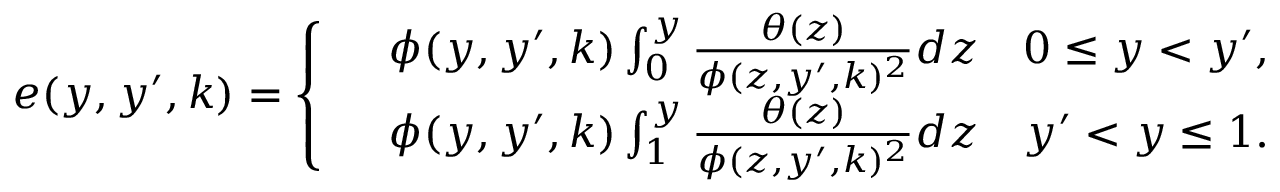
\begin{array} { r } { e ( y , y ^ { \prime } , k ) = \left\{ \begin{array} { r l } & { \phi ( y , y ^ { \prime } , k ) \int _ { 0 } ^ { y } \frac { \theta ( z ) } { \phi ( z , y ^ { \prime } , k ) ^ { 2 } } d z \quad 0 \leq y < y ^ { \prime } , } \\ & { \phi ( y , y ^ { \prime } , k ) \int _ { 1 } ^ { y } \frac { \theta ( z ) } { \phi ( z , y ^ { \prime } , k ) ^ { 2 } } d z \quad y ^ { \prime } < y \leq 1 . } \end{array} \right. } \end{array}